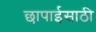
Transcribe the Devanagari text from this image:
छापाईसाठी